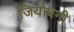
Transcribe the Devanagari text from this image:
जियोवनी